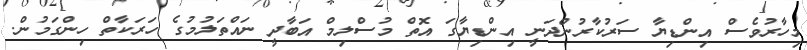
މިހާރުވެސް އިންޑިޔާ ސަރުކާރުންދަނީ އިންޑިޔާގަ އޮތް މުސްލިމް އަބާދީ ނައްތަލުމުގެ ހަރަކާތް ހިންގަމުން.